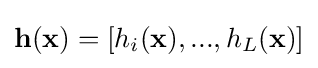
\mathbf {h} (\mathbf {x} )=[h_{i}(\mathbf {x} ),...,h_{L}(\mathbf {x} )]